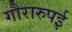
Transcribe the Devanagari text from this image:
गौरारुपई